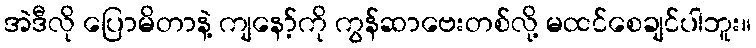
အဲဒီလို ပြောမိတာနဲ့ ကျနော့်ကို ကွန်ဆာဗေးတစ်လို့ မထင်စေချင်ပါဘူး။